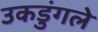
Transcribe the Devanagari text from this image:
उकडुंगले